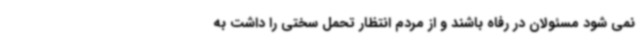
نمی شود مسئولان در رفاه باشند و از مردم انتظار تحمل سختی را داشت به